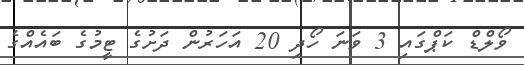
ވޯލްޑް ކަޕްގައި 3 ވަނަ ހޯދި 20 އަހަރުން ދަށުގެ ޓީމުގެ ބައެއްގެ